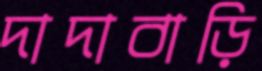
দাদাবাড়ি